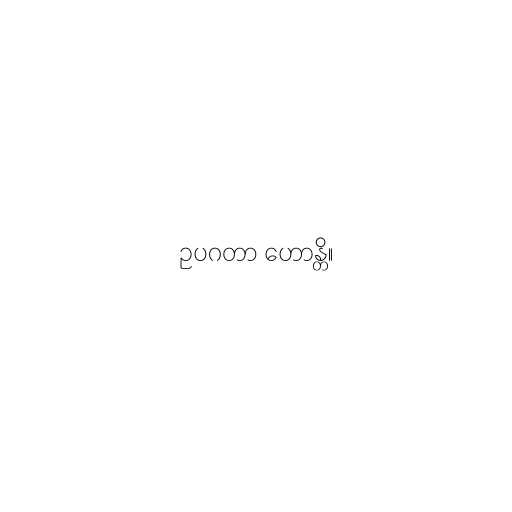
ဥပဂတာ ဟောန္တိ။